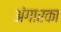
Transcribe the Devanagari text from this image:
अंगारका